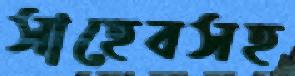
সাহেবসহ